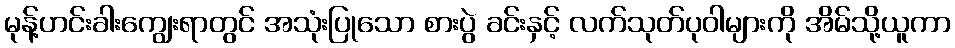
မုန့်ဟင်းခါးကျွေးရာတွင် အသုံးပြုသော စားပွဲ ခင်းနှင့် လက်သုတ်ပုဝါများကို အိမ်သို့ယူကာ